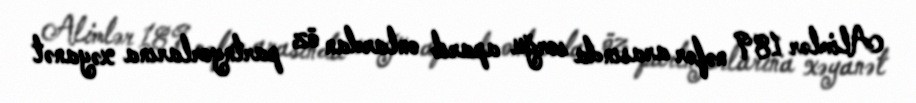
Alimlər 189 nəfər arasında sorğu aparıb onlardan öz partnyorlarına xəyanət